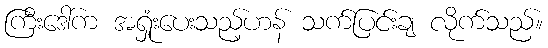
ကြီးဒေါ်က အရှုံးပေးသည့်ဟန် သက်ပြင်းချ လိုက်သည်။